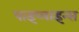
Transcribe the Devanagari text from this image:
पाइप्लाइन्स